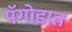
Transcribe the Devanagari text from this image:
पॅगोडात